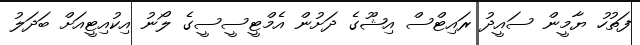
ފަތުހު ޔާމީން ސައީދު ރައިޓްސް އިޝޫގެ ދަށުން އެމްޓީސީސީގެ ލޯނު އިކުއިޓީއަށް ބަދަލު